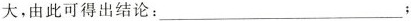
大，由此可得出结论：___；